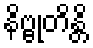
နိဗ္ဗုတိန္တိ